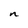
Character: n